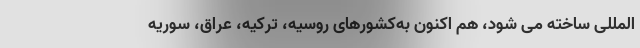
المللی ساخته می شود، هم اکنون به‌کشورهای روسیه، ترکیه، عراق، سوریه